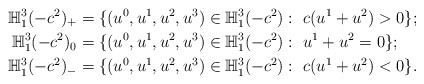
\begin{align*}\mathbb{H}^{3}_{1}(-c^2)_{+}&= \{(u^0,u^1,u^2,u^3)\in\mathbb{H}^{3}_1(-c^2): \ c(u^{1}+u^{2})>0\};\\\mathbb{H}^{3}_{1}(-c^2)_{0}&=\{(u^0,u^1,u^2,u^3)\in\mathbb{H}^{3}_1(-c^2): \ u^{1}+u^{2}=0\};\\\mathbb{H}^{3}_{1}(-c^2)_{-}&=\{(u^0,u^1,u^2,u^3)\in\mathbb{H}^{3}_1(-c^2): \ c(u^{1}+u^{2})<0\}.\end{align*}